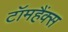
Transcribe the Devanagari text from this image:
टॉमहैंक्स